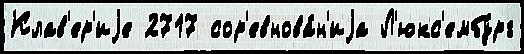
Клав'ер'иjе 2717 сор'евнова́н'иjа Л'юкс'ембу́рг